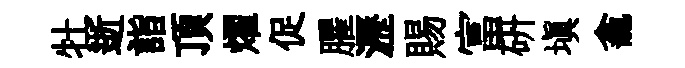
牡逝詣頂燿促臞瀝賜富硏填龕